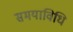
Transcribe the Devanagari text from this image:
समयाविधि